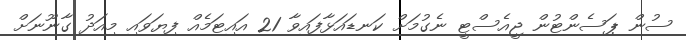
ސުން ޕަސެންޓުން ޖީއެސްޓީ ނެގުމަށް ކަނޑައަޅާފައިވާ 21 އައިޓަމެއް ފިޔަވައި މިއަދު ގާނޫނަށް